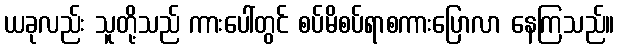
ယခုလည်း သူတို့သည် ကားပေါ်တွင် စပ်မိစပ်ရာစကားပြောလာ နေကြသည်။